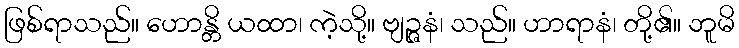
ဖြစ်ရာသည်။ ဟောန္တိ ယထာ၊ ကဲ့သို့။ ဗျဉ္ဇနံ၊ သည်။ ဟာရာနံ၊ တို့၏။ ဘူမိ